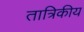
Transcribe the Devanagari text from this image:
तात्रिकीय